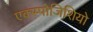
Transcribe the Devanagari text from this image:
एक्स्पोजिशियो